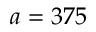
a = 3 7 5